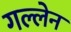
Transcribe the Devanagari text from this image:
गल्लेन